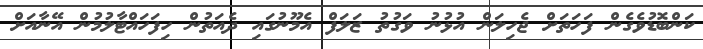
ކަންބޮޑުވެގެން ފަހަތަށް ޖެހިލަން އުޅުނު ވަގުތު ޒަލަފް އެމޫނުގައި ދެއަތުން ހިފަހައްޓާލުމުން އޭނާއަށް